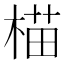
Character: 𬃝